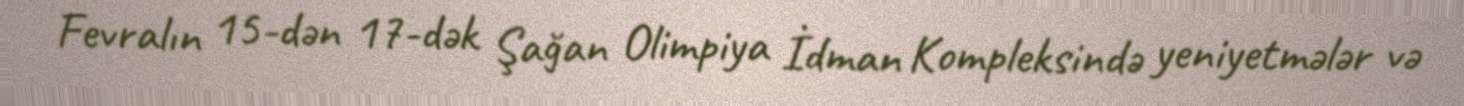
Fevralın 15-dən 17-dək Şağan Olimpiya İdman Kompleksində yeniyetmələr və